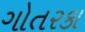
ગોતરકા